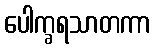
ပေါက္ခရသာတကာ